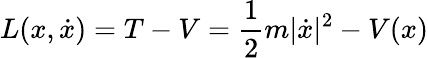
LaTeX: L(x,{\dot{x}})=T-V={\frac{1}{2}}m|{\dot{x}}|^{2}-V(x)